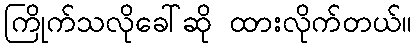
ကြိုက်သလိုခေါ်ဆို ထားလိုက်တယ်။